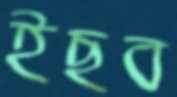
ইছব